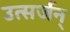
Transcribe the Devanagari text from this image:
उत्सर्जन्